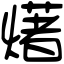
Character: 𤏸